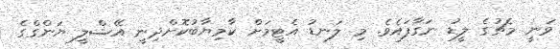
ވަނީ މެޗުގެ ލީޑު ނަގާފައެވެ. މި ލަނޑު އެޓީމަށް ކާމިޔާބުކޮށްދިނީ އޭޝްލީ ޔަންގްގެ